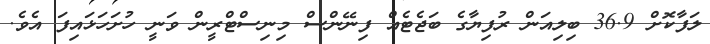
ލަފާކޮށް 36.9 ބިލިއަން ރުފިޔާގެ ބަޖެޓެއް ފިނޭންސް މިނިސްޓްރީން ވަނީ ހުށަހަޅައިފަ އެވެ.